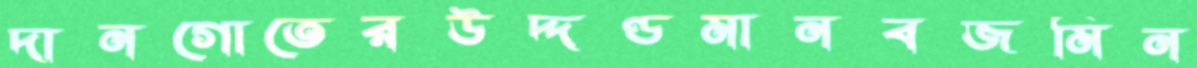
দানগোতেরউদ্দণ্ডমানবজমিন